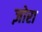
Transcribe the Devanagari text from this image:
ज़ोरा